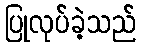
ပြုလုပ်ခဲ့သည်